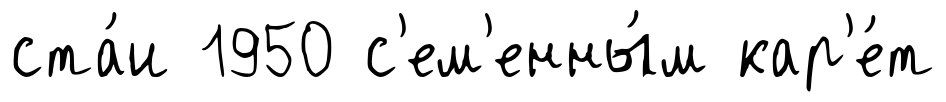
ста́и 1950 с'ем'енны́м кар'е́т